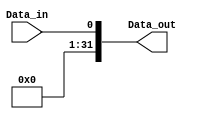
module xtend_to_32(
    input wire Data_in,
    output wire [31:0] Data_out
);

    assign Data_out = {31'b0, Data_in};
    
endmodule